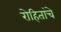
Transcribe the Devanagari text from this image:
रोहितांचे